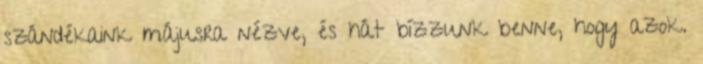
szándékaink májusra nézve, és hát bízzunk benne, hogy azok.